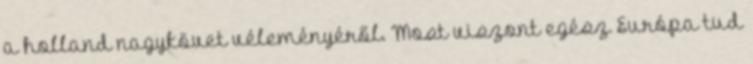
a holland nagykövet véleményéről. Most viszont egész Európa tud